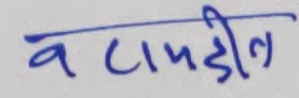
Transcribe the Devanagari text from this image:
वटामडील